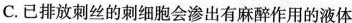
C.已排放刺丝的刺细胞会渗出有麻醉作用的液体